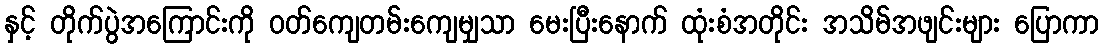
နှင့် တိုက်ပွဲအကြောင်းကို ဝတ်ကျေတမ်းကျေမျှသာ မေးပြီးနောက် ထုံးစံအတိုင်း အသိမ်အဖျင်းများ ပြောကာ